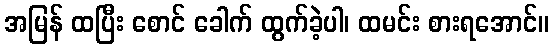
အမြန် ထပြီး စောင် ခေါက် ထွက်ခဲ့ပါ၊ ထမင်း စားရအောင်။